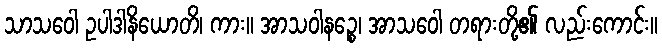
သာသဝေါ ဥပါဒါနိယောတိ၊ ကား။ အာသဝါနဉ္စေ၊ အာသဝေါ တရားတို့၏ လည်းကောင်း။